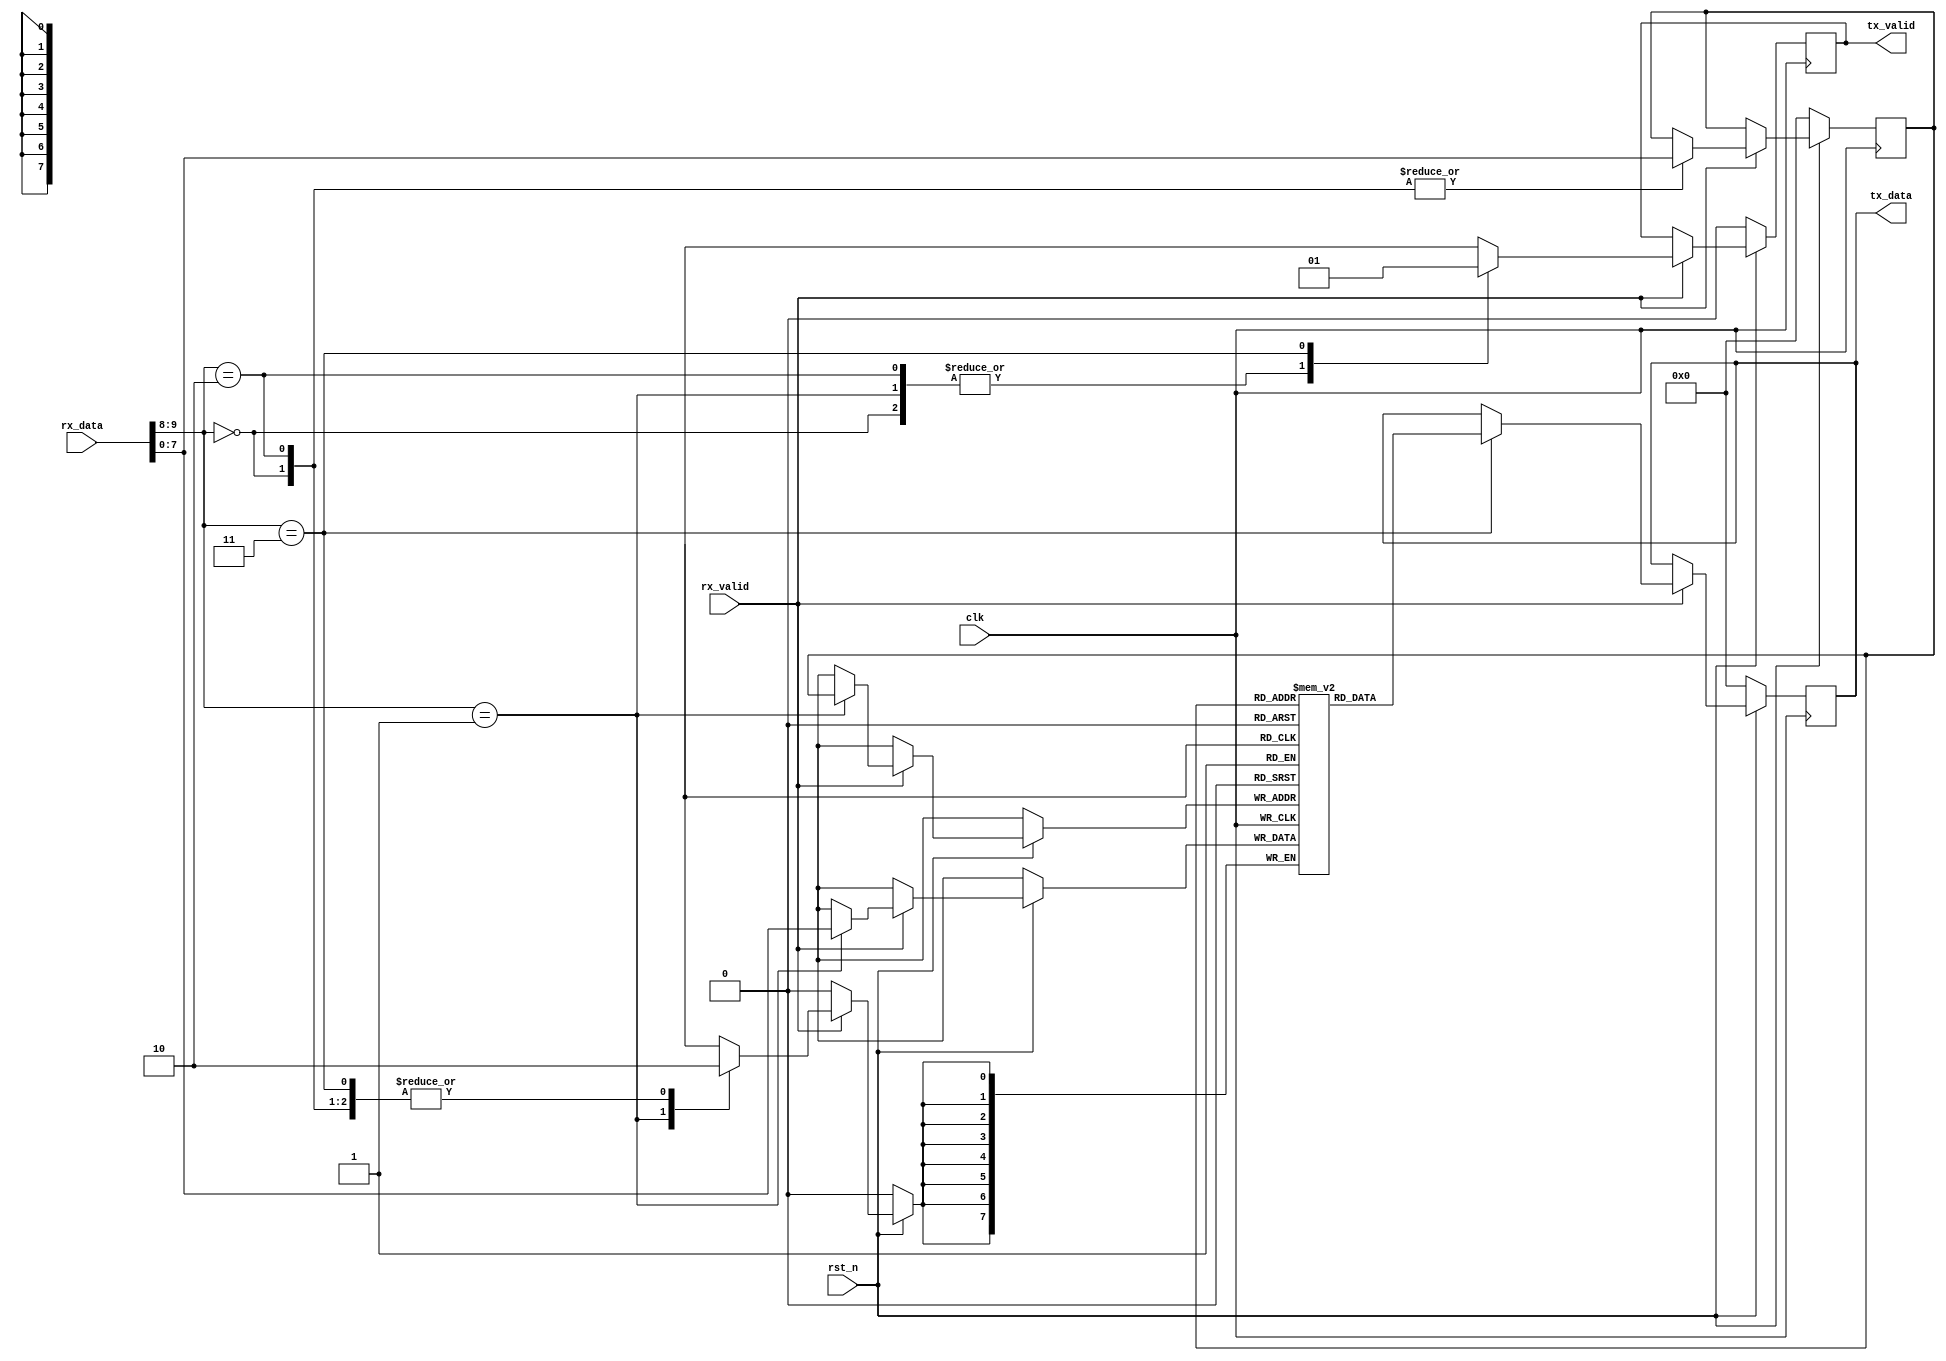
module RAM (
    input [9:0] rx_data,
    input rx_valid,
    input clk,
    input rst_n,
    output  reg [7:0] tx_data,
    output reg tx_valid
); 

parameter MEM_DEPTH = 256;
parameter ADDR_SIZE = 8;
reg [ADDR_SIZE-1:0] internal_buffer; 
reg [ADDR_SIZE-1:0] mem [MEM_DEPTH-1:0];

always @(posedge clk ) begin 
    if (~rst_n) begin
        tx_data <= 8'h00;
        tx_valid <= 1'b0;
        internal_buffer <= 1'b0;
    end
    else begin
        if (rx_valid) begin 
            case({rx_data[9],rx_data[8]})
                2'b00: begin 
                    internal_buffer <= rx_data[7:0];
                    tx_valid <= 1'b0;
                end
                2'b01: begin 
                    mem[internal_buffer] <= rx_data[7:0]; 
                    tx_valid <= 1'b0; 
                end
                2'b10: begin
                    internal_buffer <= rx_data[7:0];
                    tx_valid <= 1'b0;
                end
                2'b11: begin 
                    tx_data <= mem[internal_buffer]; 
                    tx_valid <= 1'b1;
                end
            endcase
        end
    end 
end 

endmodule